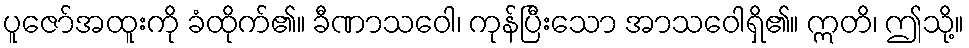
ပူဇော်အထူးကို ခံထိုက်၏။ ခီဏာသဝေါ၊ ကုန်ပြီးသော အာသဝေါရှိ၏။ ဣတိ၊ ဤသို့။